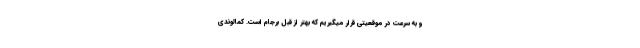
و به سرعت در موقعیتی قرار میگیریم که بهتر از قبل برجام است. کمالوندی